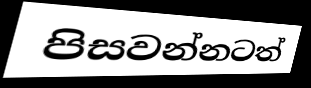
පිසවන්නටත්